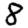
Digit: 8